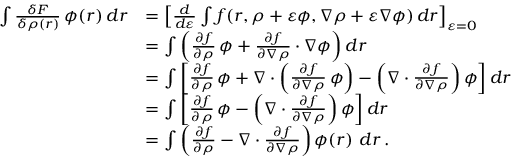
{ \begin{array} { r l } { \int { \frac { \delta F } { \delta \rho ( { \boldsymbol { r } } ) } } \, \phi ( { \boldsymbol { r } } ) \, d { \boldsymbol { r } } } & { = \left[ { \frac { d } { d \varepsilon } } \int f ( { \boldsymbol { r } } , \rho + \varepsilon \phi , \nabla \rho + \varepsilon \nabla \phi ) \, d { \boldsymbol { r } } \right] _ { \varepsilon = 0 } } \\ & { = \int \left( { \frac { \partial f } { \partial \rho } } \, \phi + { \frac { \partial f } { \partial \nabla \rho } } \cdot \nabla \phi \right) d { \boldsymbol { r } } } \\ & { = \int \left[ { \frac { \partial f } { \partial \rho } } \, \phi + \nabla \cdot \left( { \frac { \partial f } { \partial \nabla \rho } } \, \phi \right) - \left( \nabla \cdot { \frac { \partial f } { \partial \nabla \rho } } \right) \phi \right] d { \boldsymbol { r } } } \\ & { = \int \left[ { \frac { \partial f } { \partial \rho } } \, \phi - \left( \nabla \cdot { \frac { \partial f } { \partial \nabla \rho } } \right) \phi \right] d { \boldsymbol { r } } } \\ & { = \int \left( { \frac { \partial f } { \partial \rho } } - \nabla \cdot { \frac { \partial f } { \partial \nabla \rho } } \right) \phi ( { \boldsymbol { r } } ) \ d { \boldsymbol { r } } \, . } \end{array} }